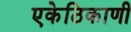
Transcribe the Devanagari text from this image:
एकेठिकाणी